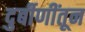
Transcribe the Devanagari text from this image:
दुर्बीणींतून